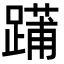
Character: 𨄳